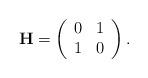
LaTeX: \begin{align*}{\bf H} = \left(\begin{array}{cc}0&1\\1&0\end{array}\right). \end{align*}